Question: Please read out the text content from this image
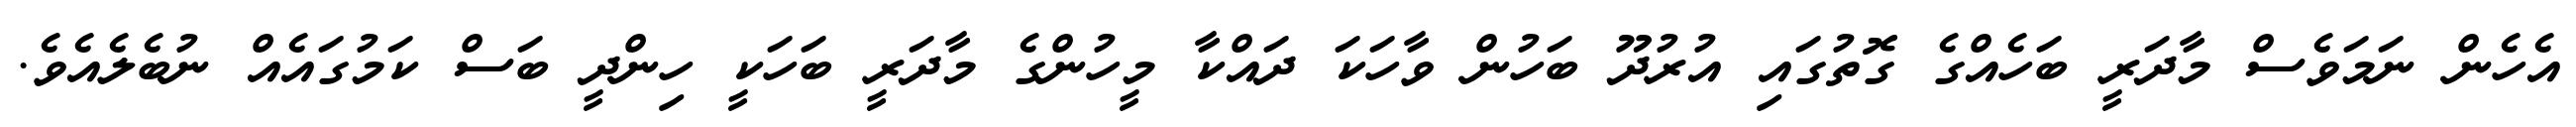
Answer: އެހެން ނަމަވެސް މާދަރީ ބަހެއްގެ ގޮތުގައި އުރުދޫ ބަހުން ވާހަކަ ދައްކާ މީހުންގެ މާދަރީ ބަހަކީ ހިންދީ ބަސް ކަމުގައެއް ނުބެލެއެވެ.